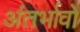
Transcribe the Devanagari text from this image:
अंतर्भावों